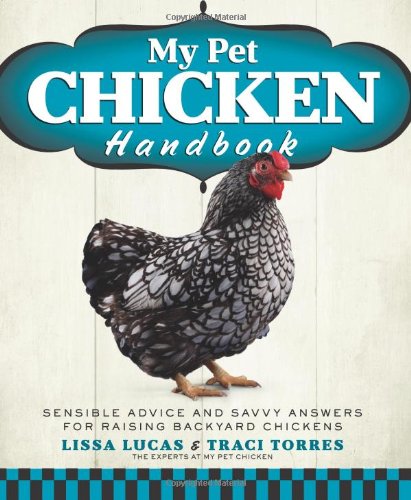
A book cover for My Pet Chicken Handbook: Sensible Advice and Savvy Answers for Raising Backyard Chickens; Lissa Lucas; Crafts, Hobbies & Home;